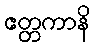
ဧတ္တကာနိ